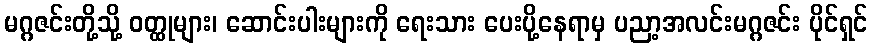
မဂ္ဂဇင်းတို့သို့ ဝတ္ထုများ၊ ဆောင်းပါးများကို ရေးသား ပေးပို့နေရာမှ ပညာ့အလင်းမဂ္ဂဇင်း ပိုင်ရှင်